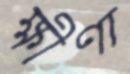
ক্ষীণা